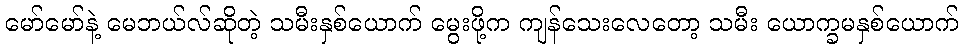
မော်မော်နဲ့ မေဘယ်လ်ဆိုတဲ့ သမီးနှစ်ယောက် မွေးဖို့က ကျန်သေးလေတော့ သမီး ယောက္ခမနှစ်ယောက်